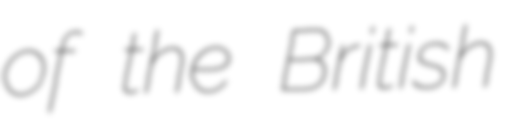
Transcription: of the British